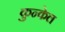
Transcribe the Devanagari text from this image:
कुन्केल